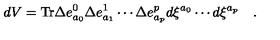
d V = \mathrm { T r } \Delta e _ { a _ { 0 } } ^ { 0 } \Delta e _ { a _ { 1 } } ^ { 1 } \cdots \Delta e _ { a _ { p } } ^ { p } d \xi ^ { a _ { 0 } } \cdots d \xi ^ { a _ { p } } \quad .